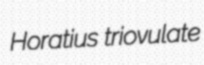
Horatius triovulate